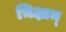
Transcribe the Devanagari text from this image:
भिक्षाम्